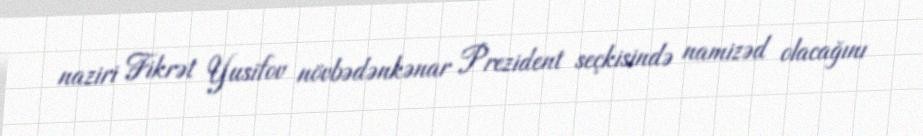
naziri Fikrət Yusifov növbədənkənar Prezident seçkisində namizəd olacağını